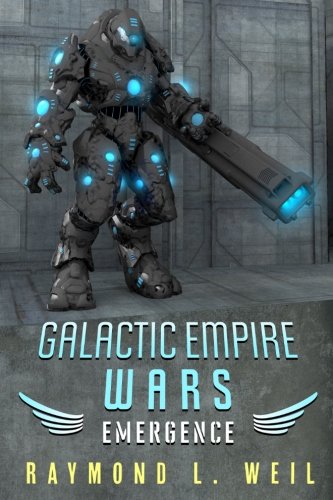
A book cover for Galactic Empire Wars: Emergence (Volume 2); Raymond L. Weil; Science Fiction & Fantasy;